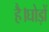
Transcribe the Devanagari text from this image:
है।घोड़ों